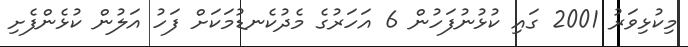
މިކުޅިވަރު 2001 ގައި ކުޅުނުފަހުން 6 އަހަރުގެ މެދުކެނޑުމަކަށް ފަހު އަލުން ކުޅެންފެށި